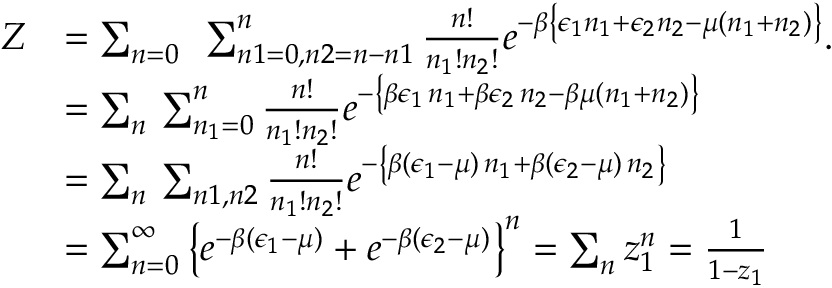
\begin{array} { r l } { Z } & { = \sum _ { n = 0 } \, \, \, \sum _ { n 1 = 0 , n 2 = n - n 1 } ^ { n } \frac { n ! } { n _ { 1 } ! n _ { 2 } ! } e ^ { - \beta \left\{ \epsilon _ { 1 } n _ { 1 } + \epsilon _ { 2 } n _ { 2 } - \mu ( n _ { 1 } + n _ { 2 } ) \right\} } . } \\ & { = \sum _ { n } \, \sum _ { n _ { 1 } = 0 } ^ { n } \frac { n ! } { n _ { 1 } ! n _ { 2 } ! } e ^ { - \left\{ \beta \epsilon _ { 1 } \, n _ { 1 } + \beta \epsilon _ { 2 } \, n _ { 2 } - \beta \mu ( n _ { 1 } + n _ { 2 } ) \right\} } } \\ & { = \sum _ { n } \, \sum _ { n 1 , n 2 } \frac { n ! } { n _ { 1 } ! n _ { 2 } ! } e ^ { - \left\{ \beta ( \epsilon _ { 1 } - \mu ) \, n _ { 1 } + \beta ( \epsilon _ { 2 } - \mu ) \, n _ { 2 } \right\} } } \\ & { = \sum _ { n = 0 } ^ { \infty } \left\{ e ^ { - \beta ( \epsilon _ { 1 } - \mu ) } + e ^ { - \beta ( \epsilon _ { 2 } - \mu ) } \right\} ^ { n } = \sum _ { n } z _ { 1 } ^ { n } = \frac { 1 } { 1 - z _ { 1 } } } \end{array}